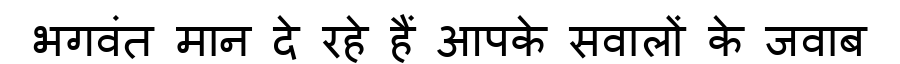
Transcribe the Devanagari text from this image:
भगवंत मान दे रहे हैं आपके सवालों के जवाब